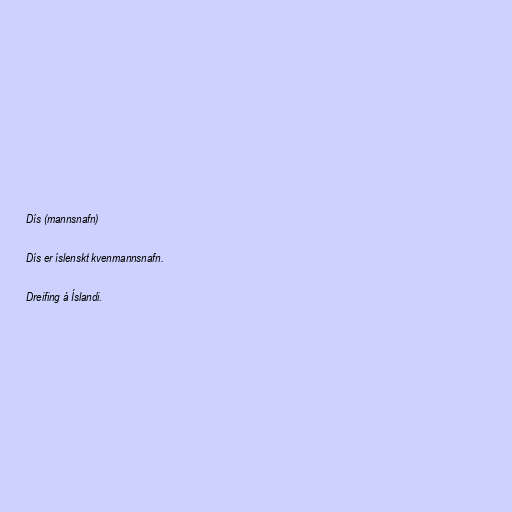
Dís (mannsnafn)

Dís er íslenskt kvenmannsnafn.

Dreifing á Íslandi.